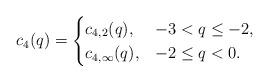
LaTeX: \begin{align*}c_{4}(q) = \begin{cases} c_{4,2}(q), & -3 < q \leq -2, \\ c_{4,\infty}(q), & -2 \leq q < 0. \end{cases}\end{align*}